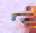
দ